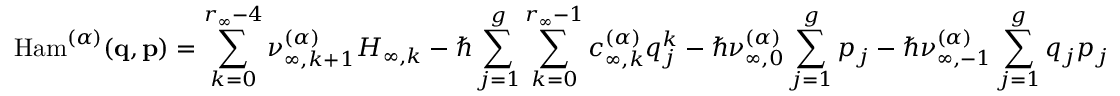
\mathrm { H a m } ^ { ( \boldsymbol { \alpha } ) } ( \mathbf { q } , \mathbf { p } ) = \sum _ { k = 0 } ^ { r _ { \infty } - 4 } \nu _ { \infty , k + 1 } ^ { \boldsymbol { ( \alpha ) } } H _ { \infty , k } - \hbar \sum _ { j = 1 } ^ { g } \sum _ { k = 0 } ^ { r _ { \infty } - 1 } c _ { \infty , k } ^ { ( \boldsymbol { \alpha } ) } q _ { j } ^ { k } - \hbar \nu _ { \infty , 0 } ^ { ( \boldsymbol { \alpha } ) } \sum _ { j = 1 } ^ { g } p _ { j } - \hbar \nu _ { \infty , - 1 } ^ { ( \boldsymbol { \alpha } ) } \sum _ { j = 1 } ^ { g } q _ { j } p _ { j }